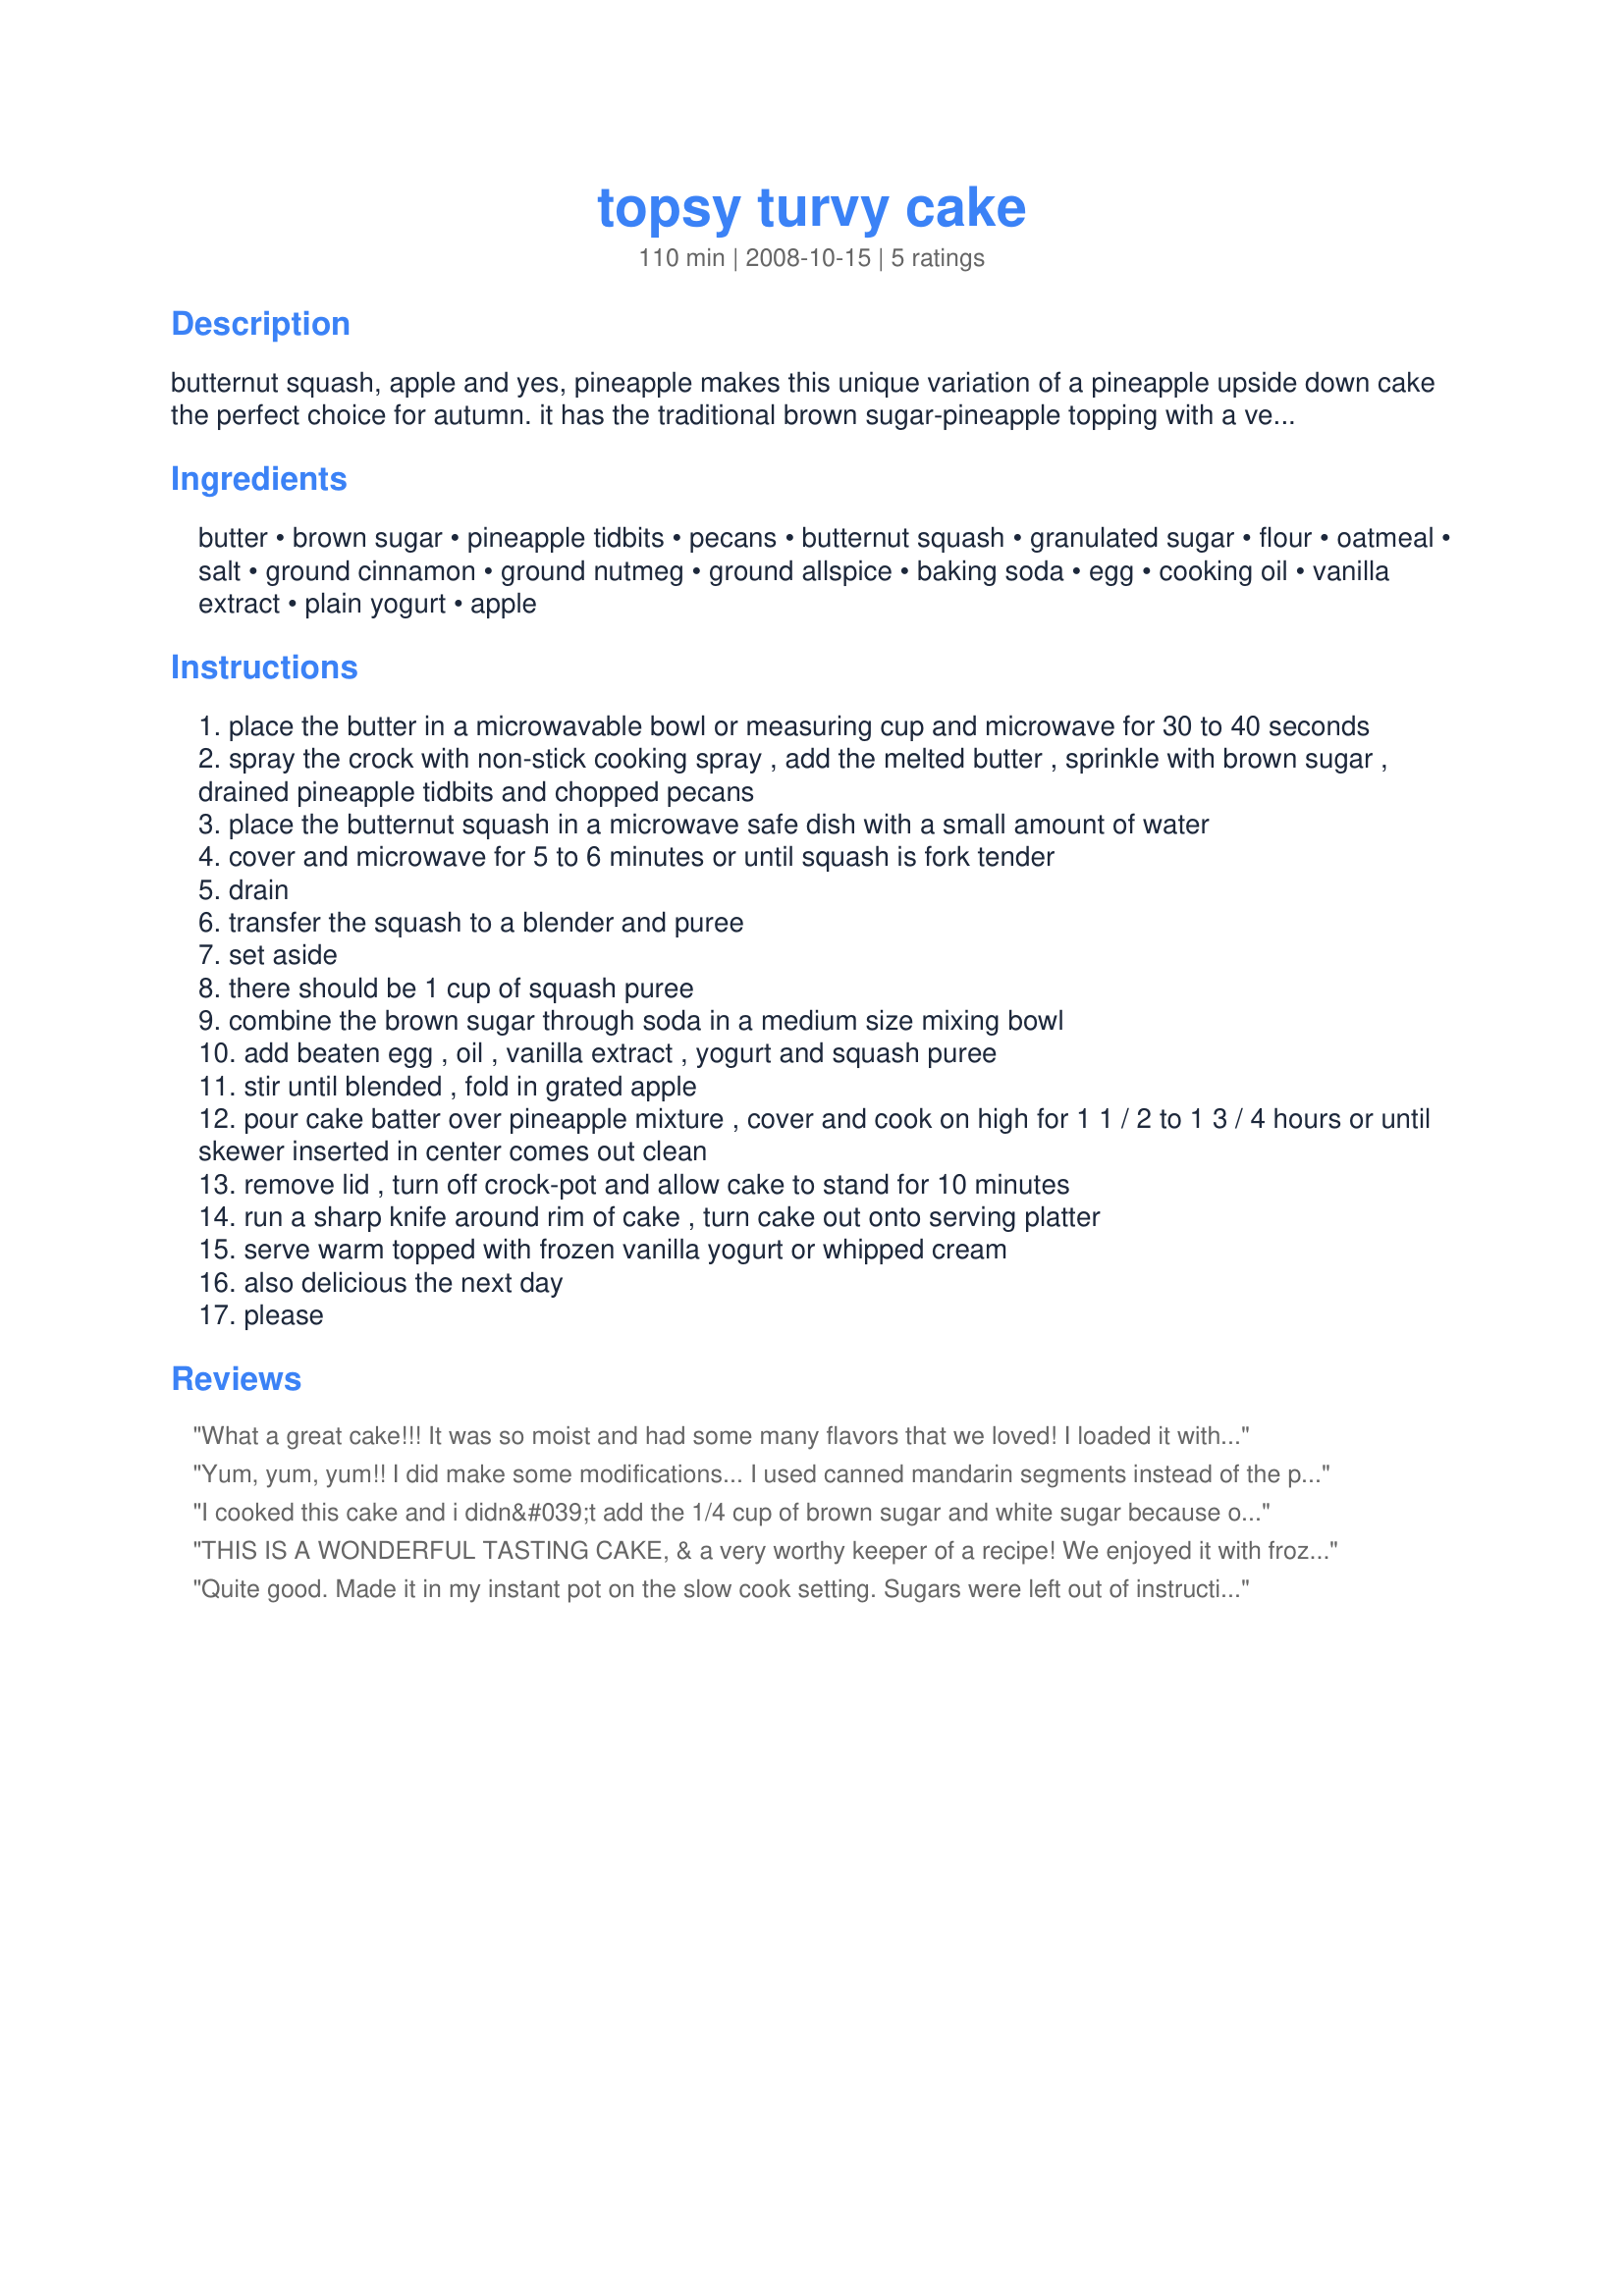
topsy turvy cake
Preparation time: 110 minutes

butternut squash, apple and yes, pineapple makes this unique variation of a pineapple upside down cake the perfect choice for autumn. it has the traditional brown sugar-pineapple topping with a very moist and oh so delicious spice cake twist. the recipe was tested in a 4 quart oval crock-pot and would work fine in a 4 quart round crock-pot as well. a friend of mind reported that the cake worked well in a 5 quart round crock-pot.

Ingredients:
butter, brown sugar, pineapple tidbits, pecans, butternut squash, granulated sugar, flour, oatmeal, salt, ground cinnamon, ground nutmeg, ground allspice, baking soda, egg, cooking oil, vanilla extract, plain yogurt, apple

Steps:
place the butter in a microwavable bowl or measuring cup and microwave for 30 to 40 seconds
spray the crock with non-stick cooking spray , add the melted butter , sprinkle with brown sugar , drained pineapple tidbits and chopped pecans
place the butternut squash in a microwave safe dish with a small amount of water
cover and microwave for 5 to 6 minutes or until squash is fork tender
drain
transfer the squash to a blender and puree
set aside
there should be 1 cup of squash puree
combine the brown sugar through soda in a medium size mixing bowl
add beaten egg , oil , vanilla extract , yogurt and squash puree
stir until blended , fold in grated apple
pour cake batter over pineapple mixture , cover and cook on high for 1 1 / 2 to 1 3 / 4 hours or until skewer inserted in center comes out clean
remove lid , turn off crock-pot and allow cake to stand for 10 minutes
run a sharp knife around rim of cake , turn cake out onto serving platter
serve warm topped with frozen vanilla yogurt or whipped cream
also delicious the next day
please

Reviews:
What a great cake!!! It was so moist and had some many flavors that we loved! I loaded it with nuts in the batter as we love them in our cakes. I served our first servings with vanilla ice cream and then we had some with whip cream on top and both ways are out of this world! This is a must try!
Yum, yum, yum!! I did make some modifications... I used canned mandarin segments instead of the pineapple because my can of pineapple was much too big and subbed the pecans for walnuts. I also omitted the oil in the cake because my yogurt was 6% fat. Finally, I didn't have an apple so I added a snack-sized container of applesauce. Delicious! Baked in a 1.6 quart crock-pot, rose right to the top but it fit, though I did need to bake it considerably longer. Served warm and drizzled with some home-made dulce de leche. Thanks for sharing the recipe :)
I cooked this cake and i didn&#039;t add the 1/4 cup of brown sugar and white sugar because of how i was following the recipe. when it says combine flour through soda it skips these 2 afterwards and before. did i miss something here? i by the way did sprinkle sugar over the cake as it was cooling and it wasn&#039;t so bad after all, but i didn&#039;t understand why it never told me to add the 2 sugars. thanks for your reply on this.
THIS IS A WONDERFUL TASTING CAKE, & a very worthy keeper of a recipe! We enjoyed it with frozen vanilla yogurt, & it's also great that way but with the addition of a small drizzle of homemade butterscotch sauce! Next time I'll be doing this for company! Thanks for sharing a great recipe! [Tagged, made & reviewed as a PRESSIE in the Aus/NZ 12 Days of Christmas Recipe Swap]
Quite good. Made it in my instant pot on the slow cook setting. Sugars were left out of instructions so I mixed them in the batter and that worked well so I'm going to submit a correction.
